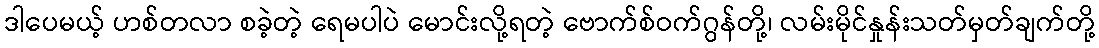
ဒါပေမယ့် ဟစ်တလာ စခဲ့တဲ့ ရေမပါပဲ မောင်းလို့ရတဲ့ ဗောက်စ်ဝက်ဂွန်တို့၊ လမ်းမိုင်နှုန်းသတ်မှတ်ချက်တို့